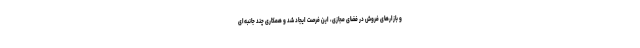
و بازارهای فروش در فضای مجازی، این فرصت ایجاد شد و همکاری چند جانبه‌ای